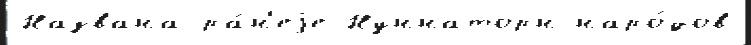
Названа ра́н'еjе Нуннаторн наро́дов